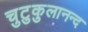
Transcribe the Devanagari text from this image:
चुटुकुलानन्द